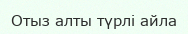
Отыз алты түрлі айла